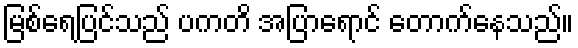
မြစ်ရေပြင်သည် ပကတိ အပြာရောင် တောက်နေသည်။